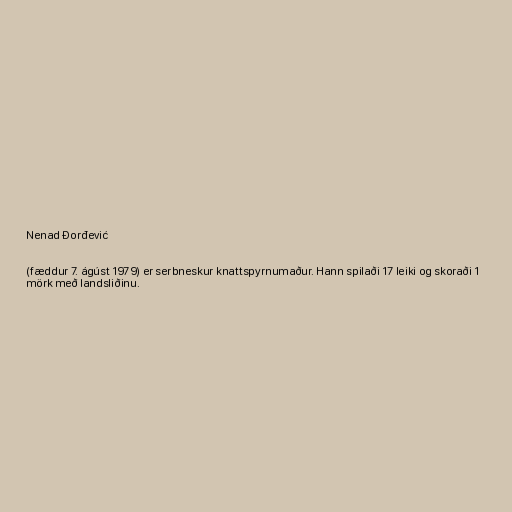
Nenad Đorđević

(fæddur 7. ágúst 1979) er serbneskur knattspyrnumaður. Hann spilaði 17 leiki og skoraði 1
mörk með landsliðinu.